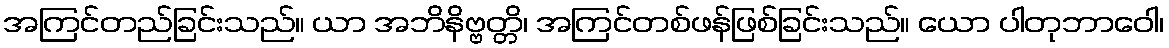
အကြင်တည်ခြင်းသည်။ ယာ အဘိနိဗ္ဗတ္တိ၊ အကြင်တစ်ဖန်ဖြစ်ခြင်းသည်။ ယော ပါတုဘာဝေါ၊